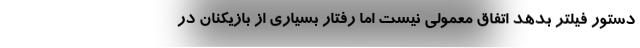
دستور فیلتر بدهد اتفاق معمولی نیست اما رفتار بسیاری از بازیکنان در